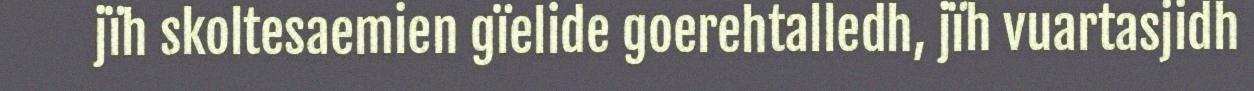
jïh skoltesaemien gïelide goerehtalledh, jïh vuartasjidh